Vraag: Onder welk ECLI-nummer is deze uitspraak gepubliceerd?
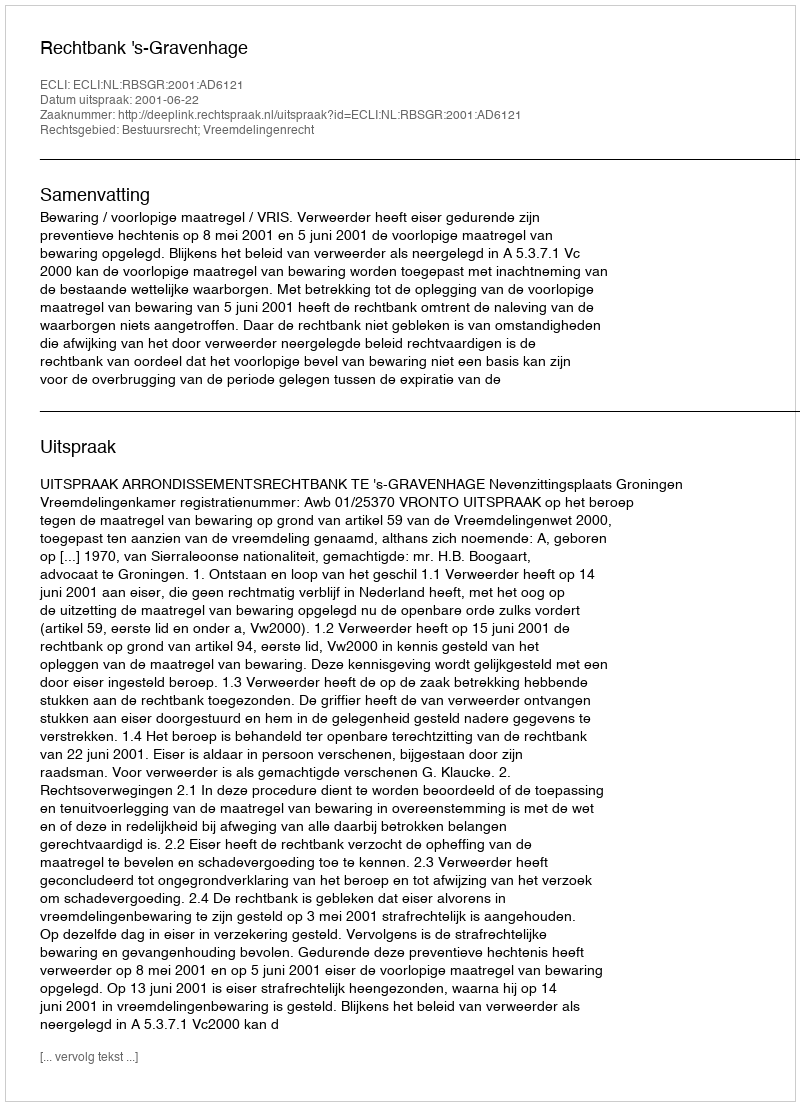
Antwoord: ECLI:NL:RBSGR:2001:AD6121